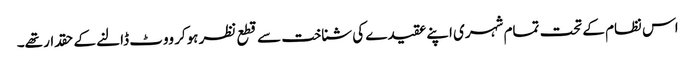
اس نظام کے تحت تمام شہری اپنے عقیدے کی شناخت سے قطع نظر ہوکر ووٹ ڈالنے کے حقدار تھے۔